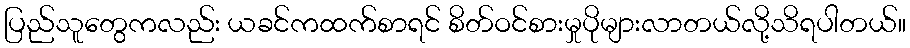
ပြည်သူတွေကလည်း ယခင်ကထက်စာရင် စိတ်ဝင်စားမှုပိုများလာတယ်လို့သိရပါတယ်။